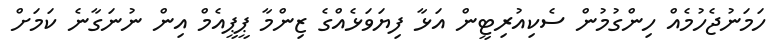
ހަމަނުޖެހުމެއް ހިންގުމުން ސެކިއުރިޓީން އަޅާ ފިޔަވަޅެއްގެ ޒިންމާ ޕީޕީއެމް އިން ނުނަގާނެ ކަމަށް